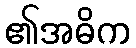
၏အဓိက